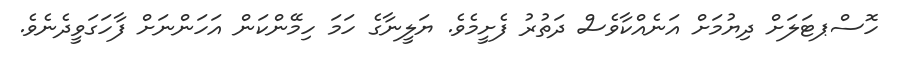
ހޮސްޕޓަލަށް ދިޔުމަށް އަނެއްކާވެސް ދަތުރު ފެށީމެވެ. ޔަލީނާގެ ހަމަ ހިމޭންކަން އަހަންނަށް ފާހަގަވީދެނެވެ.